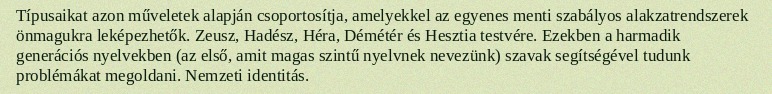
Típusaikat azon műveletek alapján csoportosítja, amelyekkel az egyenes menti szabályos alakzatrendszerek önmagukra leképezhetők. Zeusz, Hadész, Héra, Démétér és Hesztia testvére. Ezekben a harmadik generációs nyelvekben (az első, amit magas szintű nyelvnek nevezünk) szavak segítségével tudunk problémákat megoldani. Nemzeti identitás.